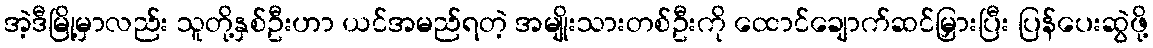
အဲ့ဒီမြို့မှာလည်း သူတို့နှစ်ဦးဟာ ယင်အမည်ရတဲ့ အမျိုးသားတစ်ဦးကို ထောင်ချောက်ဆင်မြှားပြီး ပြန်ပေးဆွဲဖို့